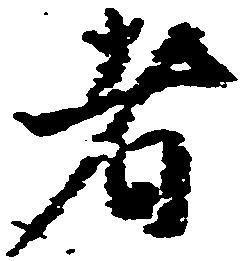
者